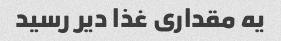
یه مقداری غذا دیر رسید